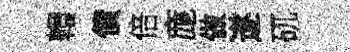
轘債倍庬做遂矹